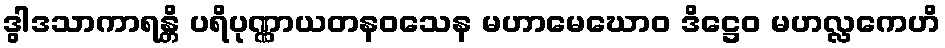
ဒွါဒသာကာရန္တိ ပရိပုဏ္ဏာယတနဝသေန မဟာမေဃောဝ ဒိဋ္ဌေဝ မဟလ္လကေဟိ